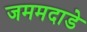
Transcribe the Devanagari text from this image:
जममदाडे